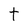
Character: t